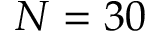
N = 3 0